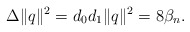
\begin{align*} \Delta \|q\|^2=d_0d_1\|q\|^2=8{\beta }_n. \end{align*}